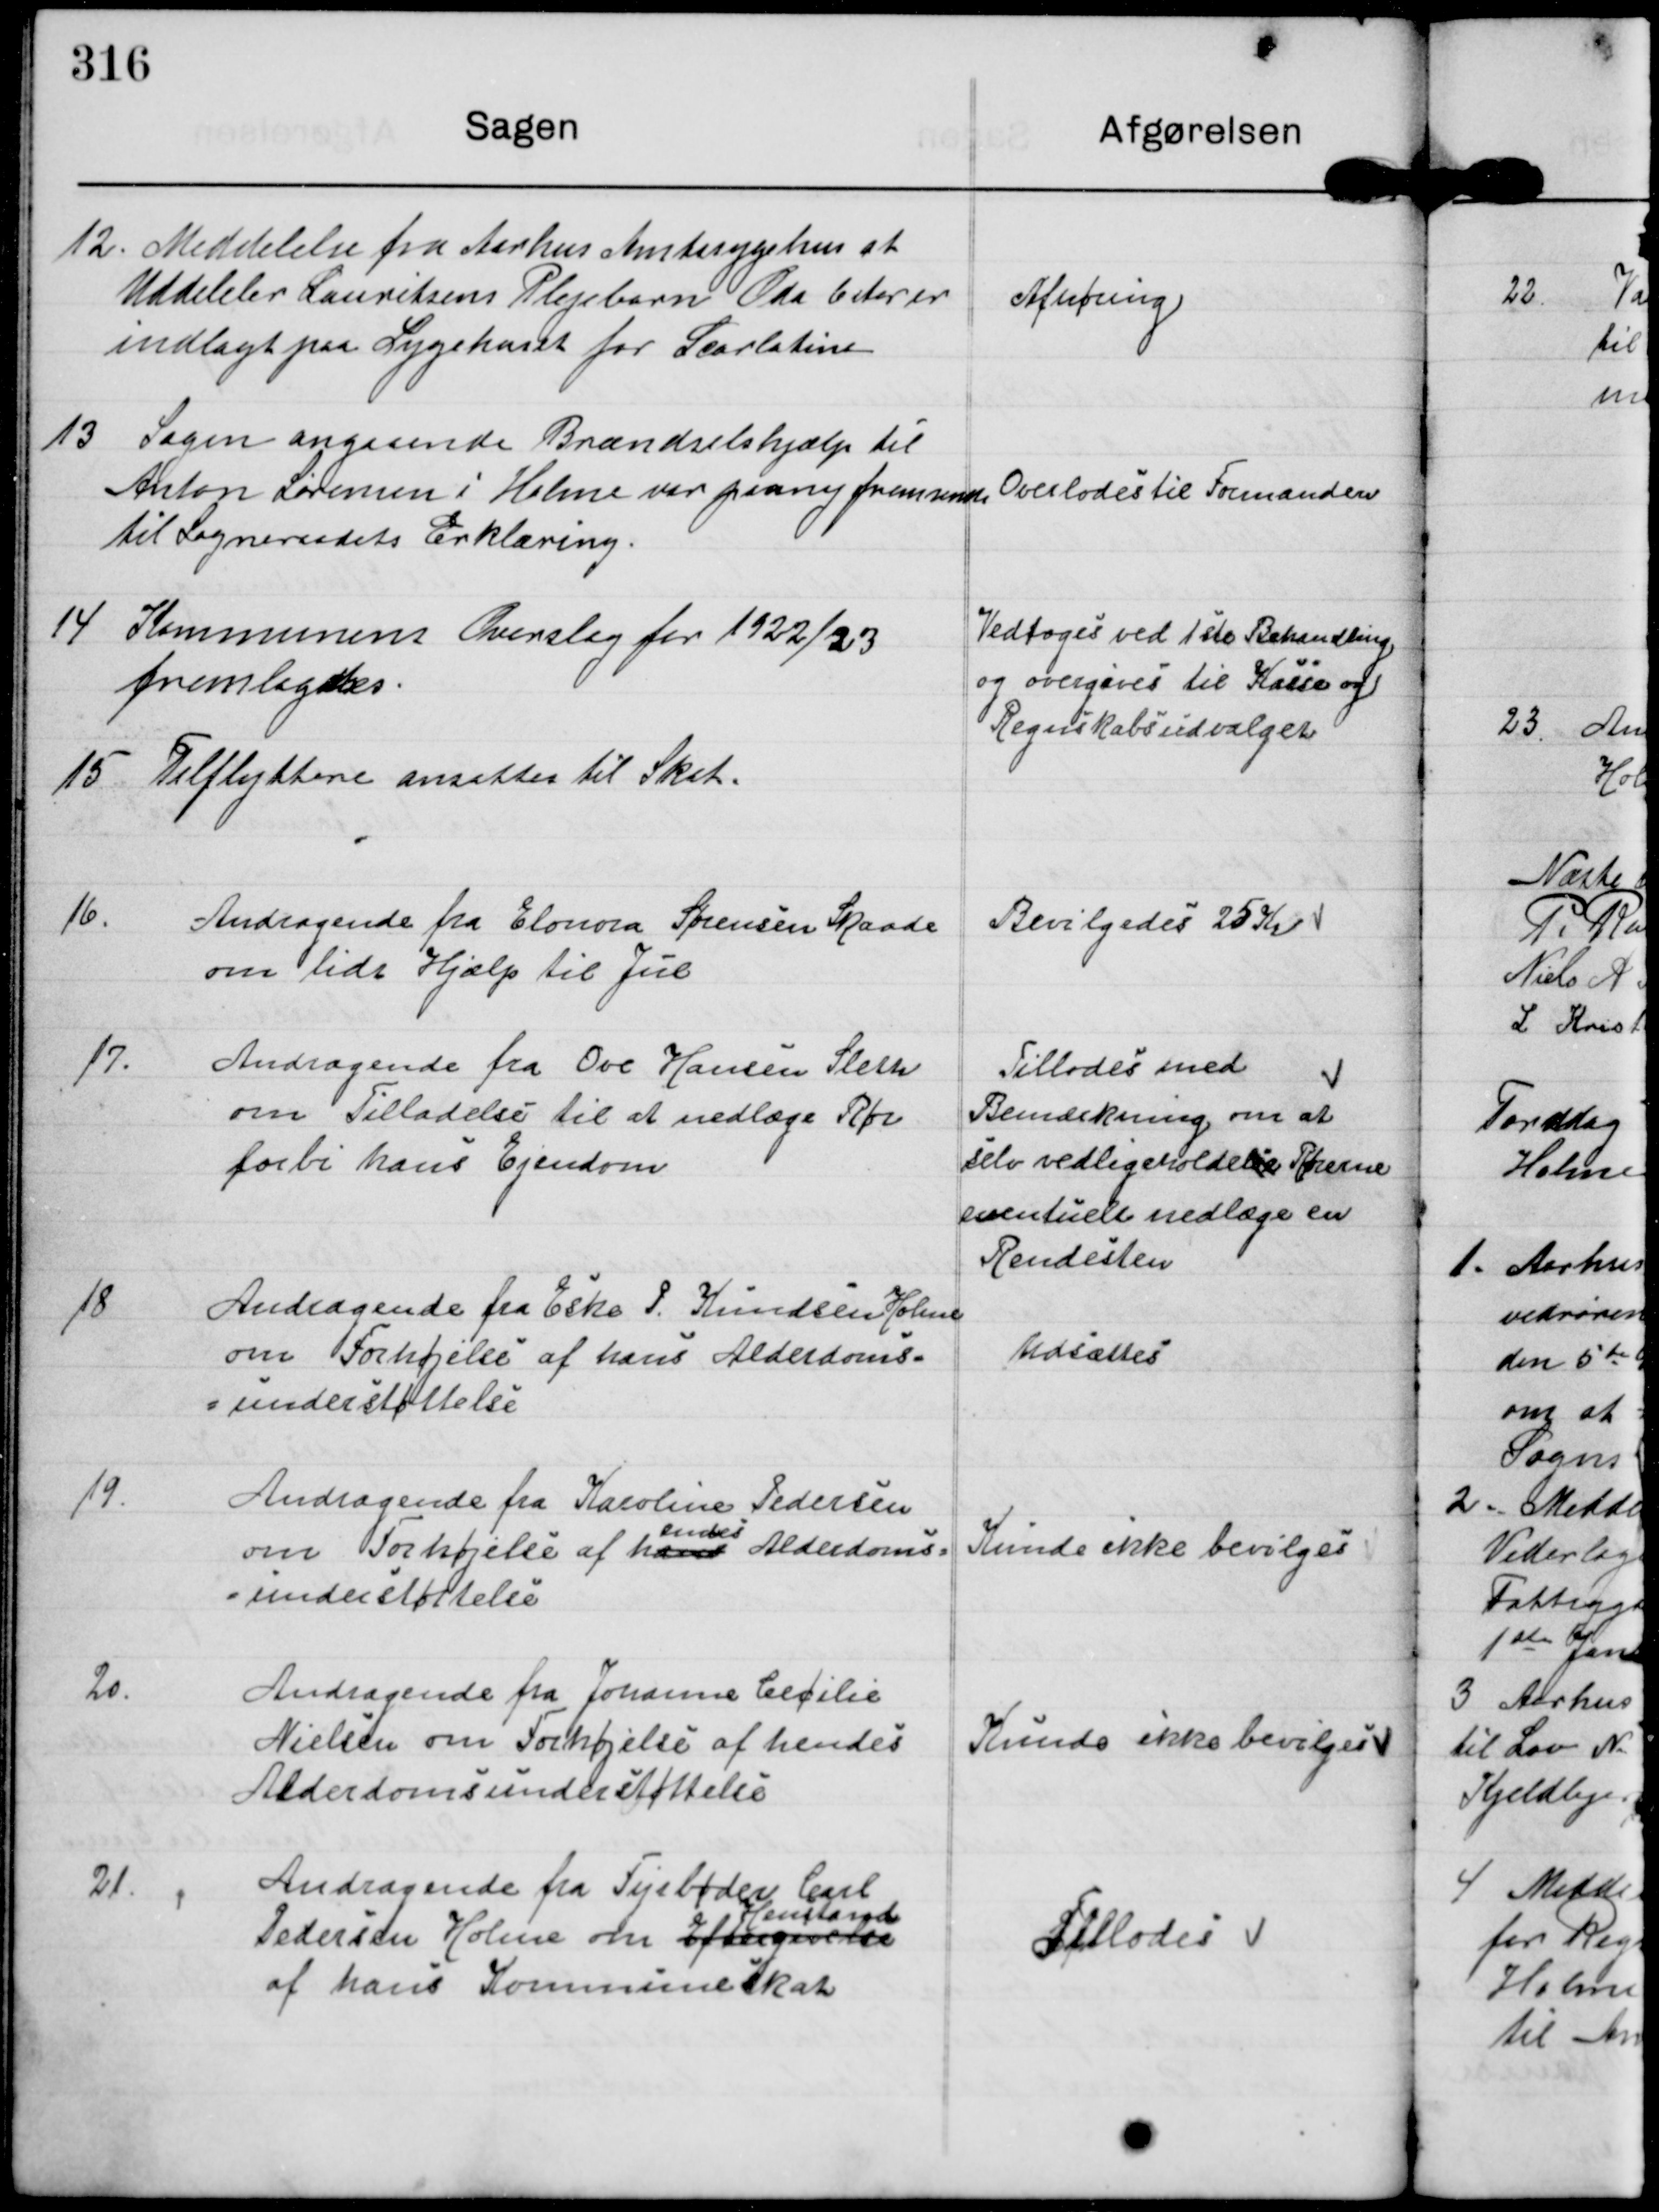
Transskription:
12. Meddelelse fra Aarhus Amtssygehus at
Uddeleler Lauritsens Plejebarn Oda 6 Aar er
indlagt paa Sygehuset for Scarlatine

Afhøring

13 Sagen angaaende Brændselshjælp til
Anton Sørensen i Holme var paany fremsendt
til Sogneraadets Erklæring.

Overlodes til Formanden

14
Kommunens Overslag for 1922/23
fremlagdes

Vedtoges ved 1ste Behandling
og overgives til Kasse og
Regnskabsudvalget

15 Tilflyttere ansattes til Skat

16.

Andragende fra Elonora Sørensen Skaade
om lidt Hjælp til Jul.

Bevilgedes 25 Kr

17

Andragende fra Ove Hansen Sleth
om Tilladelse til at nedlægge Rør
forbi hans Ejendom

Tillodes med
Bemærkning om at
selv vedligeholdelse Rørerne
eventuelt nedlæge en
Rendesten

18

Andragende fra Eske P Knudsen Holme
om Forhøjelse af hans Alderdoms-
understøttelse

Udsættes

19

Andragende fra Karoline Pedersen
om Forhøjelse af hans 
hendes
Alderdoms-
understøttelse

Kunde ikke bevilges

20

Andragende fra Johanne Cecilie
Nielsen om Forhøjelse af hendes
Alderdomsunderstøttelse

Kunde ikke bevilges

21

Andragende fra Fyrbøder Carl
Pedersen Holme om Eftergivelse
Henstand
af hans Kommuneskat

Tillodes.